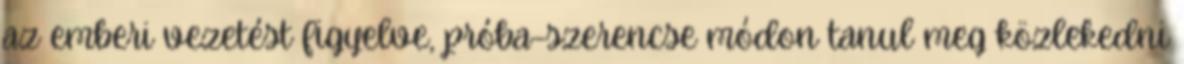
az emberi vezetést figyelve, próba-szerencse módon tanul meg közlekedni